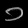
Digit: ၁